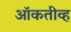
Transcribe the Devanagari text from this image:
ऑकतीव्ह